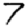
Digit: 7